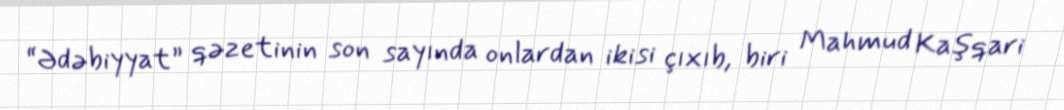
“Ədəbiyyat” qəzetinin son sayında onlardan ikisi çıxıb, biri Mahmud Kaşqari